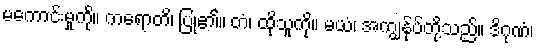
မကောင်းမှုကို။ ကရောတိ၊ ပြု၏။ တံ၊ ထိုသူကို။ မယံ၊ အကျွန်ုပ်တို့သည်။ ဒိဂုဏံ၊